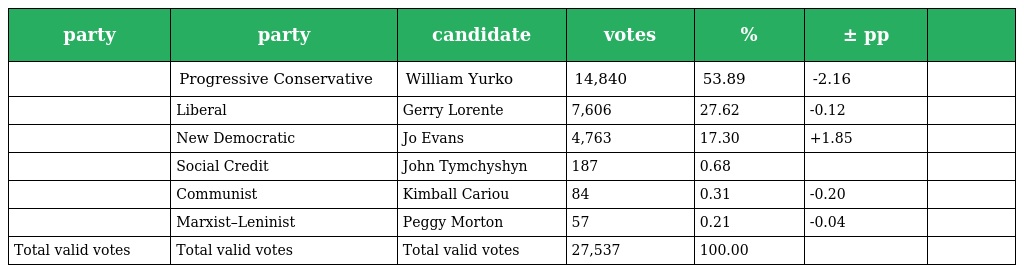
| party | party | candidate | votes | % | ± pp |  |
 | --- | --- | --- | --- | --- | --- | --- |
 |  | Progressive Conservative | William Yurko | 14,840 | 53.89 | -2.16 |  |
 |  | Liberal | Gerry Lorente | 7,606 | 27.62 | -0.12 |  |
 |  | New Democratic | Jo Evans | 4,763 | 17.30 | +1.85 |  |
 |  | Social Credit | John Tymchyshyn | 187 | 0.68 |  |  |
 |  | Communist | Kimball Cariou | 84 | 0.31 | -0.20 |  |
 |  | Marxist–Leninist | Peggy Morton | 57 | 0.21 | -0.04 |  |
 | Total valid votes | Total valid votes | Total valid votes | 27,537 | 100.00 |  |  |